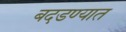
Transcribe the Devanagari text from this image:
बदडण्यात